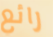
رائع